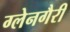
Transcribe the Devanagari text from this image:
ग्लेनगैरी